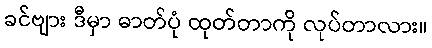
ခင်ဗျား ဒီမှာ ဓာတ်ပုံ ထုတ်တာကို လုပ်တာလား။